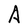
Character: A